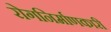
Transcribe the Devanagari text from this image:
रोगनिर्माणकारी